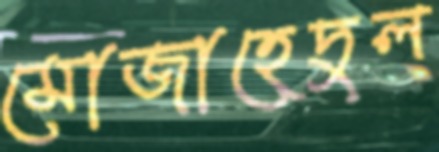
মোজাহেদুল